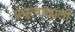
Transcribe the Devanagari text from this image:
प्रभुत्वाखाली